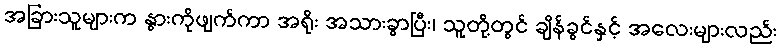
အခြားသူများက နွားကိုဖျက်ကာ အရိုး အသားခွာပြီး၊ သူတို့တွင် ချိန်ခွင်နှင့် အလေးများလည်း